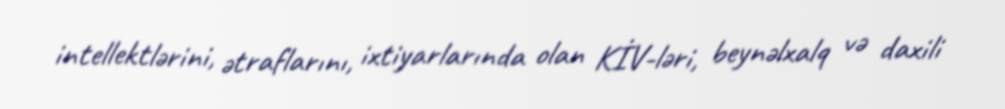
intellektlərini, ətraflarını, ixtiyarlarında olan KİV-ləri, beynəlxalq və daxili